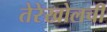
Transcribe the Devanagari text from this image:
तेरेखोलची